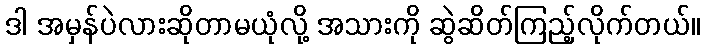
ဒါ အမှန်ပဲလားဆိုတာမယုံလို့ အသားကို ဆွဲဆိတ်ကြည့်လိုက်တယ်။